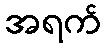
အရက်